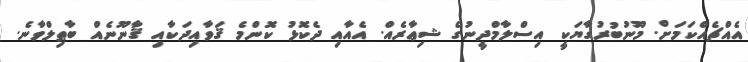
އެއްޗެއްކަމަށް. މޫނުބުރުގާޔަކީ އިސްލާމްދީނުގެ ޝިޢާރެއް. އެއާއި ދެކޮޅު ކޮންމެ ޤަވާއިދަކާއި ޤާނޫނެއް ބާޠިލްވާނެ.